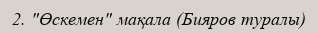
2. "Өскемен" мақала (Бияров туралы)